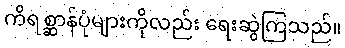
ကိရစ္ဆာန်ပုံများကိုလည်း ရေးဆွဲကြသည်။